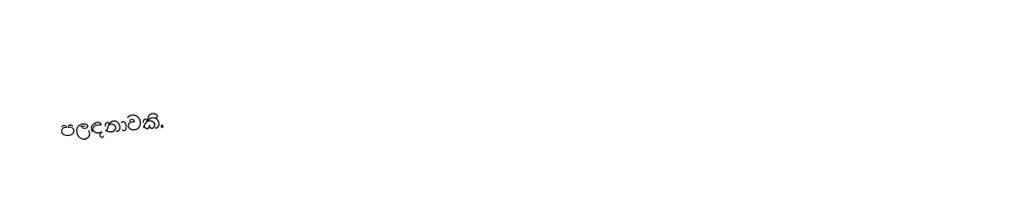
පලඳනාවකි.